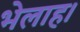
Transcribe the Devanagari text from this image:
भेलाह।